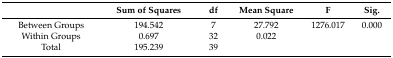
<table><thead><tr><td></td><td><b>Sum of Squares</b></td><td><b>df</b></td><td><b>Mean Square</b></td><td><b>F</b></td><td><b>Sig.</b></td></tr></thead><tbody><tr><td>Between Groups</td><td>194.542</td><td>7</td><td>27.792</td><td>1276.017</td><td>0.000</td></tr><tr><td>Within Groups</td><td>0.697</td><td>32</td><td>0.022</td><td></td><td></td></tr><tr><td>Total</td><td>195.239</td><td>39</td><td></td><td></td><td></td></tr></tbody></table>